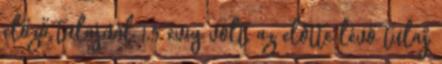
előző tulajnál 1,5 évig volt, az előtte lévő tulaj